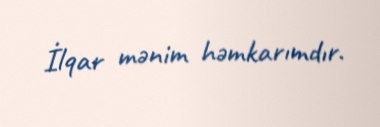
İlqar mənim həmkarımdır.